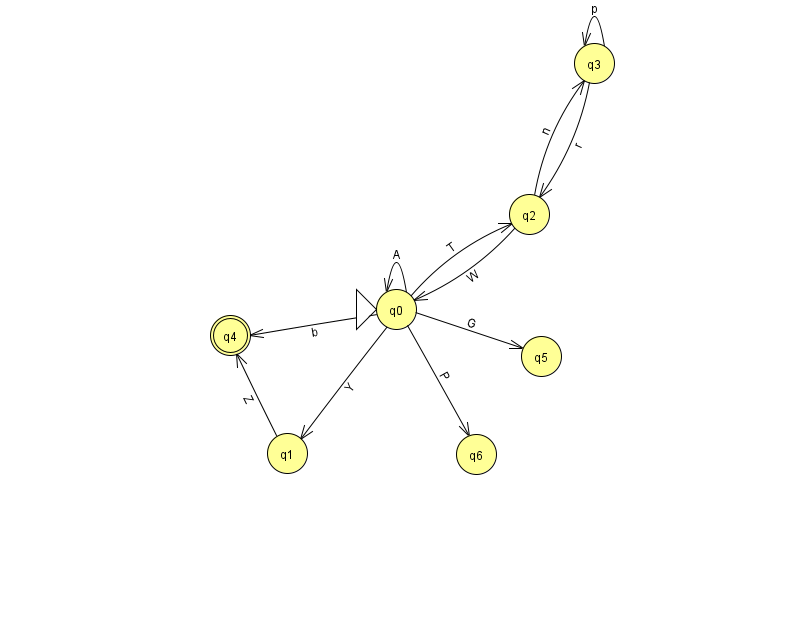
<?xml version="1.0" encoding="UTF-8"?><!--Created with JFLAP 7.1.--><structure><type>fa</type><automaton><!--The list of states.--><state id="0" name="q0"><x>396.0</x><y>296.0</y><initial/></state><state id="1" name="q1"><x>287.0</x><y>440.0</y></state><state id="2" name="q2"><x>529.0</x><y>201.0</y></state><state id="3" name="q3"><x>594.0</x><y>50.0</y></state><state id="4" name="q4"><x>230.0</x><y>322.0</y><final/></state><state id="5" name="q5"><x>541.0</x><y>343.0</y></state><state id="6" name="q6"><x>476.0</x><y>441.0</y></state><!--The list of transitions.--><transition><from>0</from><to>6</to><read>P</read></transition><transition><from>3</from><to>3</to><read>p</read></transition><transition><from>0</from><to>0</to><read>A</read></transition><transition><from>1</from><to>4</to><read>Z</read></transition><transition><from>0</from><to>5</to><read>G</read></transition><transition><from>2</from><to>3</to><read>n</read></transition><transition><from>0</from><to>2</to><read>T</read></transition><transition><from>2</from><to>0</to><read>W</read></transition><transition><from>0</from><to>4</to><read>b</read></transition><transition><from>0</from><to>1</to><read>Y</read></transition><transition><from>3</from><to>2</to><read>r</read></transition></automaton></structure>